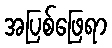
အပြစ်ဖြေရာ